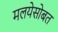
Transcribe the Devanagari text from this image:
मलयेसोबत